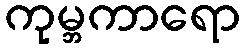
ကုမ္ဘကာရော